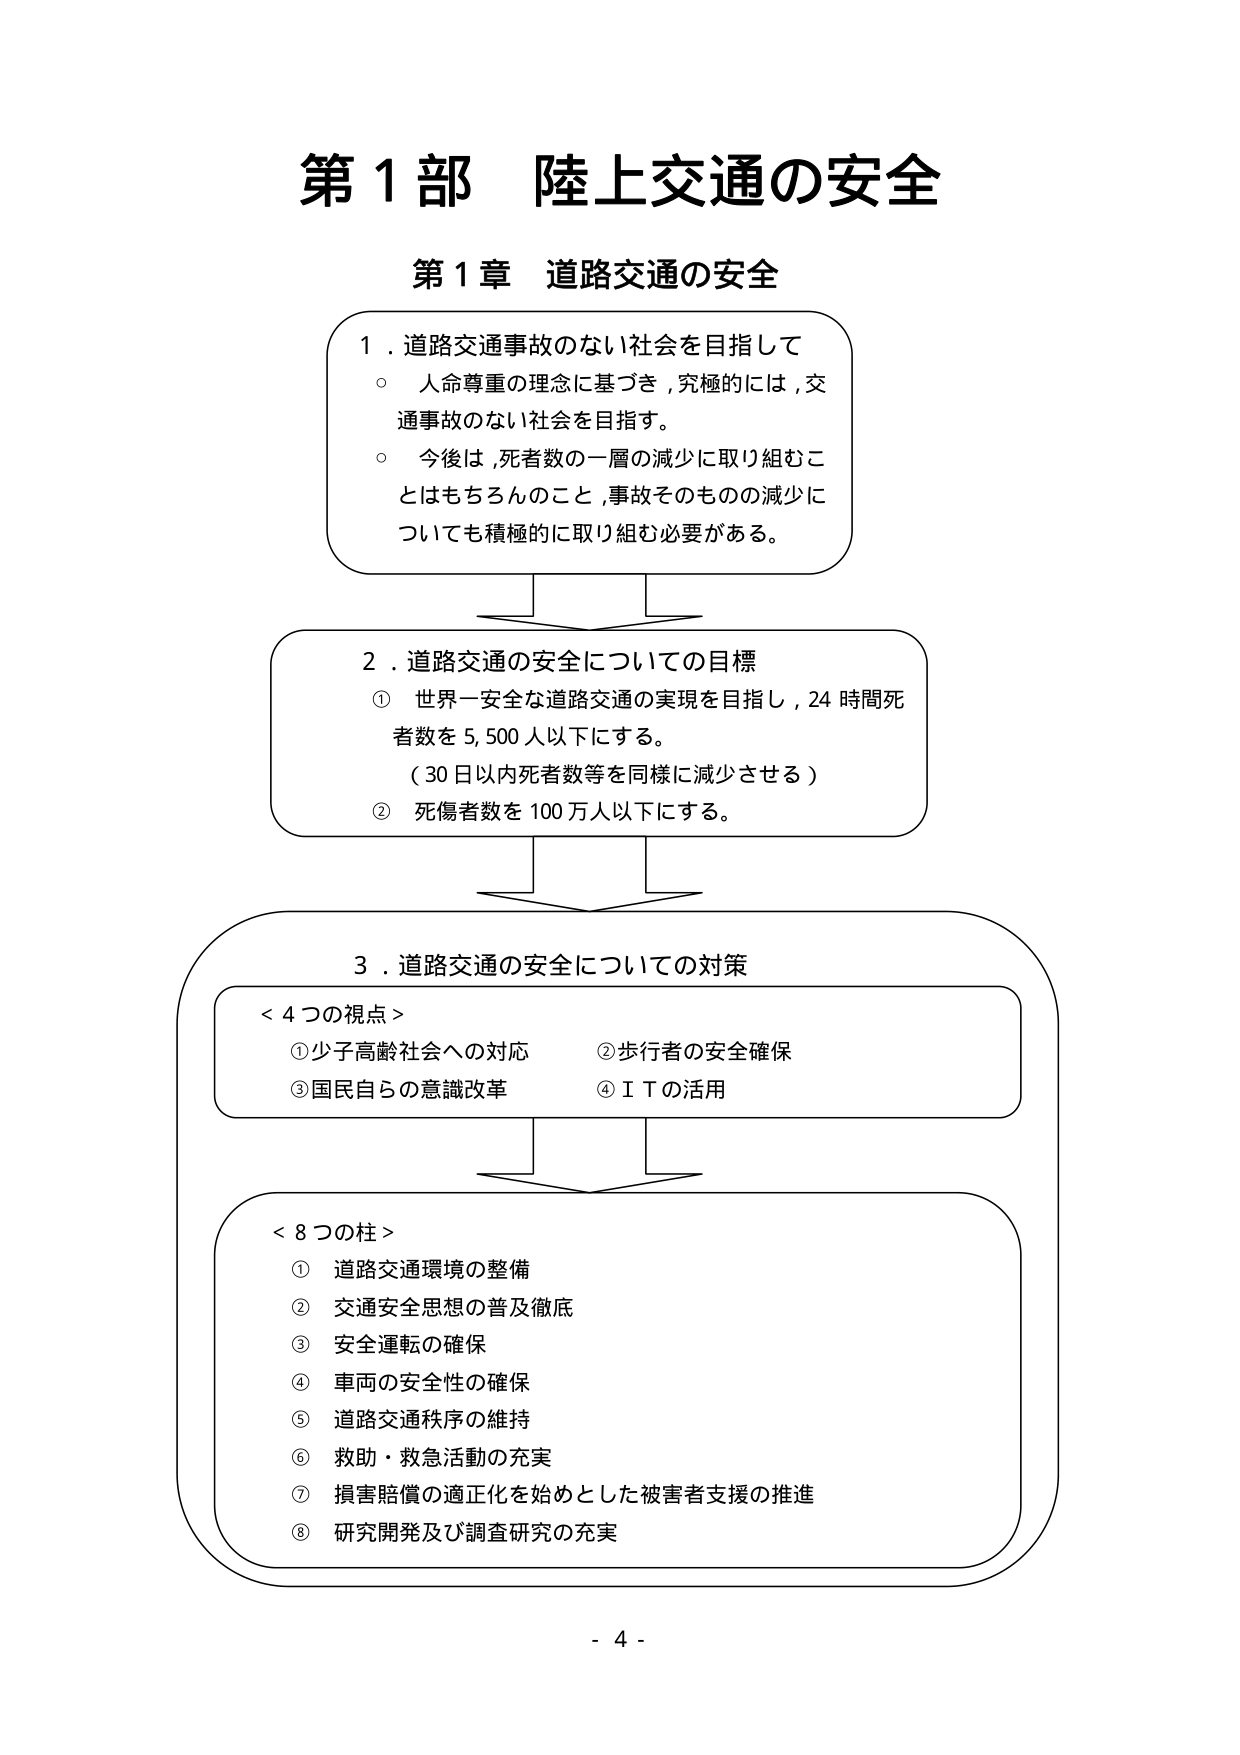
第１部 陸上交通の安全

第１章 道路交通の安全

１．道路交通事故のない社会を目指して
○ 人命尊重の理念に基づき，究極的には，交通事故のない社会を目指す。
○ 今後は，死者数の一層の減少に取り組むことはもちろんのこと，事故そのものの減少についても積極的に取り組む必要がある。

２．道路交通の安全についての目標
① 世界一安全な道路交通の実現を目指し，24時間死者数を5,500人以下にする。
（30日以内死者数等を同様に減少させる）
② 死傷者数を100万人以下にする。

３．道路交通の安全についての対策

＜４つの視点＞
① 少子高齢社会への対応
② 歩行者の安全確保
③ 国民自らの意識改革
④ ＩＴの活用

＜８つの柱＞
① 道路交通環境の整備
② 交通安全思想の普及徹底
③ 安全運転の確保
④ 車両の安全性の確保
⑤ 道路交通秩序の維持
⑥ 救助・救急活動の充実
⑦ 損害賠償の適正化を始めとした被害者支援の推進
⑧ 研究開発及び調査研究の充実

- 4 -